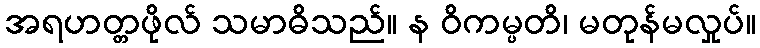
အရဟတ္တဖိုလ် သမာဓိသည်။ န ဝိကမ္ပတိ၊ မတုန်မလှုပ်။